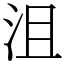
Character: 沮